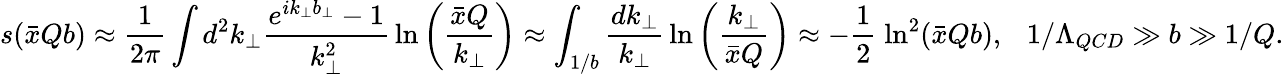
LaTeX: s(\bar{x}Qb)\approx\frac{1}{2\pi}\int d^{2}k_{\perp}{\frac{e^{ik_{\perp}b_{\perp}}-1}{k_{\perp}^{2}}}\, \mathrm{ln}\left({\frac{\bar{x}Q}{k_{\perp}}}\right)\approx\int_{1/b}^{}{\frac{dk_{\perp}}{k_{\perp}}}\, \mathrm{ln}\left({\frac{k_{\perp}}{\bar{x}Q}}\right)\approx-\frac 1{2}\; \mathrm{ln}^{2}(\bar{x}Qb),\ \ \ 1/\Lambda_{QCD}\gg b\gg 1/Q.